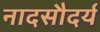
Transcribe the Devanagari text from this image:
नादसौदर्य